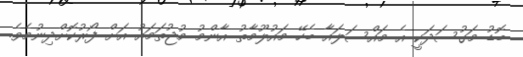
ބޮޑު މަގުސަދަކީ އެ މައްސަލައާ ބެހޭ މައުލޫމާތު އާންމު މުޖުތަމައު އަށް ފޯރުކޮށްދިނުމެވެ.